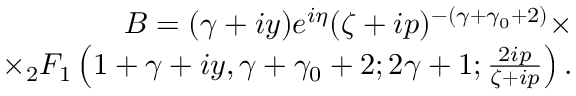
\begin{array} { r } { B = ( \gamma + i y ) e ^ { i \eta } ( \zeta + i p ) ^ { - ( \gamma + \gamma _ { 0 } + 2 ) } \times } \\ { \times { } _ { 2 } F _ { 1 } \left( 1 + \gamma + i y , \gamma + \gamma _ { 0 } + 2 ; 2 \gamma + 1 ; \frac { 2 i p } { \zeta + i p } \right) . } \end{array}